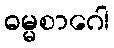
ဓမ္မစာဂေါ